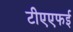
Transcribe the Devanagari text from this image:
टीएएफई